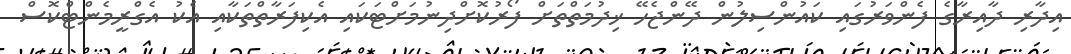
އިދާރި ދާއިރާގެ ފެންވަަރުގައި ކައުންސިލުން ދޭންޖެހޭ ޚިދުމަތްތަށް ފޯރުކޮށްދިނުމަށްޓަކައި އެކިފަރާތްތަކާއި އެކު އެގްރީމެންޓްކޮސް